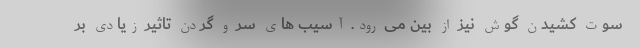
سوت کشیدن گوش نیز از بین می رود. آسیب های سر و گردن تاثیر زیادی بر